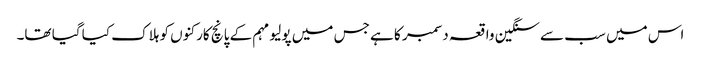
اس میں سب سے سنگین واقعہ دسمبر کا ہے جس میں پولیو مہم کے پانچ کارکنوں کو ہلاک کیا گیا تھا۔